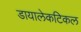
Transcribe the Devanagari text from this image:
डायालेकटिकल